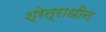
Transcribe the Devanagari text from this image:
श्रेत्राधीन